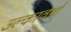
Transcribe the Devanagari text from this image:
उल्कावर्षा